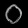
Digit: ၀